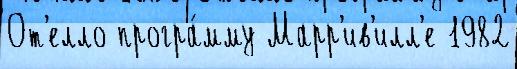
От'елло програ́мму Марр'ив'илл'е 1982